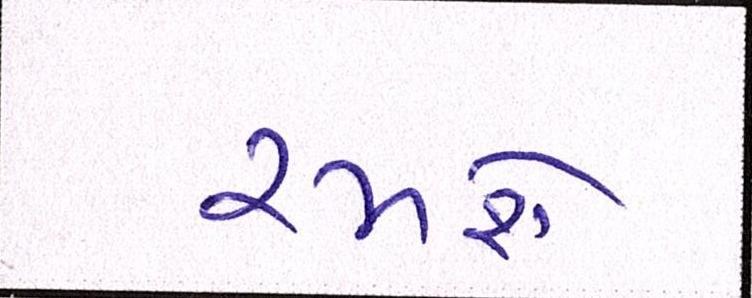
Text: રમશે